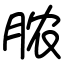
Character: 脓